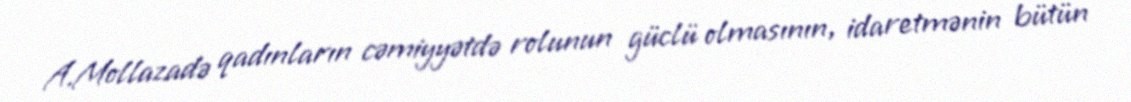
A.Mollazadə qadınların cəmiyyətdə rolunun güclü olmasının, idaretmənin bütün